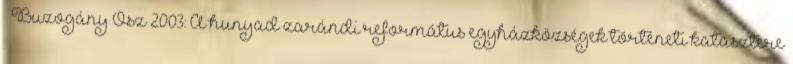
↑ Buzogány–Ősz 2003: A hunyad–zarándi református egyházközségek történeti katasztere